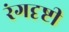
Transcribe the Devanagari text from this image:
रंगदृष्टी